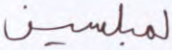
لمبلسين